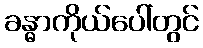
ခန္ဓာကိုယ်ပေါ်တွင်